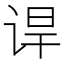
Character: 𬣸